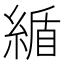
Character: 䋸